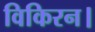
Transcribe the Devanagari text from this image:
विकिरन।